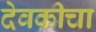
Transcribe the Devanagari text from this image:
देवकीचा